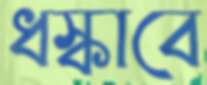
ধস্‌কাবে